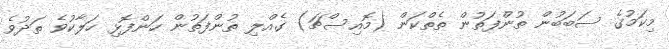
މިކަމުގެ ސަބަބުން ތުންފަތުން ތެތްކަން (މޮއިސްޗަ) ގެއްލި ތުންފަތުން ހަންފޮޅި ހަލާކުވެ ތަދުވެ